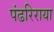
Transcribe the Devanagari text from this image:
पंढरिराया